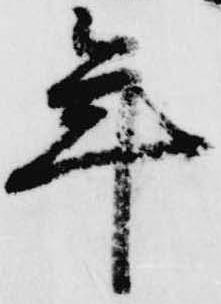
年